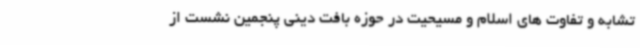
تشابه و تفاوت های اسلام و مسیحیت در حوزه بافت دینی پنجمین نشست از